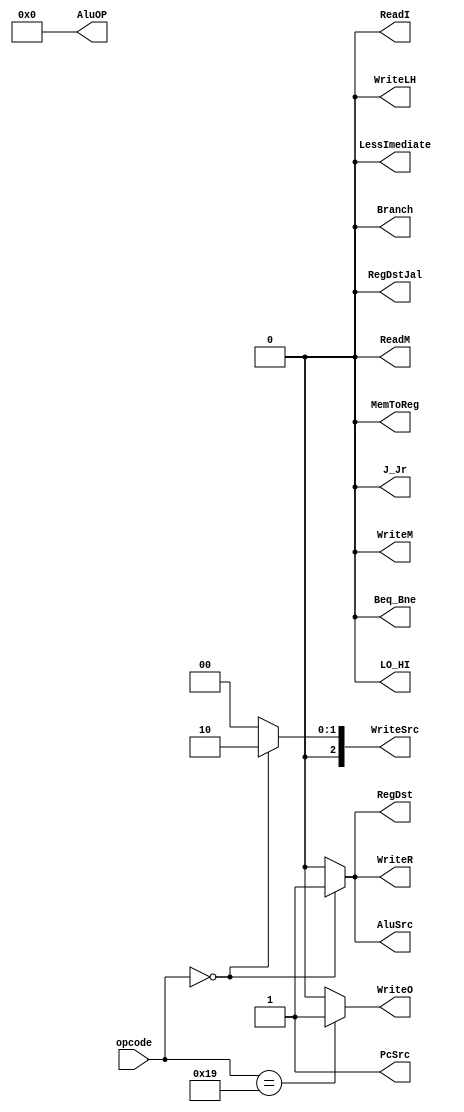
module ControleSimp(opcode,RegDst,RegDstJal,WriteSrc,WriteR,AluSrc,WriteLH,LO_HI,AluOP,Branch,Beq_Bne,PcSrc,J_Jr,LessImediate,ReadM,WriteM,ReadI,WriteO,MemToReg);
	input[5:0] opcode;
	output reg RegDst,RegDstJal,WriteR,AluSrc,WriteLH,LO_HI,Branch,Beq_Bne,PcSrc,J_Jr,LessImediate,ReadM,WriteM,ReadI,WriteO,MemToReg;
	output reg[3:0] AluOP;
	output reg[2:0] WriteSrc;
	always @(*) 
		case(opcode)
			6'b000000: //add
				begin
					RegDst = 1;
					RegDstJal = 0;
					WriteSrc = 3'b010;
					WriteR = 1;
					AluSrc = 1;
					WriteLH = 0;
					LO_HI = 0;
					AluOP = 4'b0000;
					Branch = 0;
					Beq_Bne = 0;
					PcSrc = 1;
					J_Jr = 0;
					LessImediate = 0; 
					ReadM = 0;
					WriteM = 0;
					ReadI = 0;
					WriteO = 0;
					MemToReg = 0;
				end
			6'b011001:
				begin
					RegDst = 0;
					RegDstJal = 0;
					WriteSrc = 0;
					WriteR = 0;
					AluSrc = 0;
					WriteLH = 0;
					LO_HI = 0;
					AluOP = 0;
					Branch = 0;
					Beq_Bne = 0;
					PcSrc = 1;
					J_Jr = 0;
					LessImediate = 0; 
					ReadM = 0;
					WriteM = 0;
					ReadI = 0;
					WriteO = 1;
					MemToReg = 0;
				end
			default:
				begin
					RegDst = 0;
					RegDstJal = 0;
					WriteSrc = 0;
					WriteR = 0;
					AluSrc = 0;
					WriteLH = 0;
					LO_HI = 0;
					AluOP = 0;
					Branch = 0;
					Beq_Bne = 0;
					PcSrc = 1;
					J_Jr = 0;
					LessImediate = 0; 
					ReadM = 0;
					WriteM = 0;
					ReadI = 0;
					WriteO = 0;
					MemToReg = 0;
				end
		endcase
endmodule